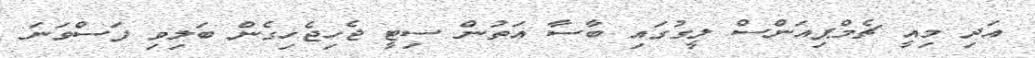
އަދި މިއީ ޗެމްޕިއަންސް ލީގުގައި ބާސާ އަތުން ސިޓީ ޖެހިޖެހިގެން ބަލިވި ފަސްވަނަ